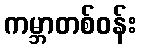
ကမ္ဘာတစ်ဝန်း